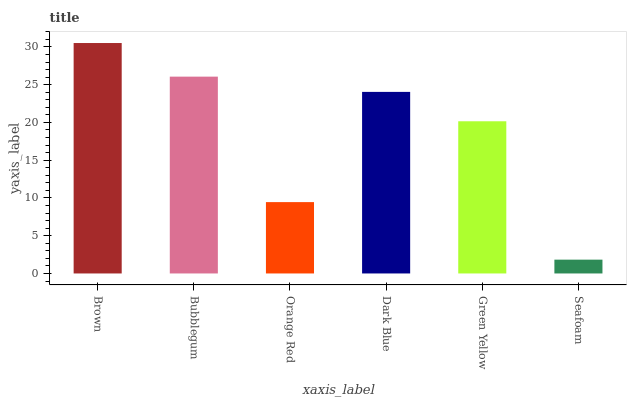
| xaxis_label | bars |
 | --- | --- |
 | Brown | 30.5 |
 | Bubblegum | 26.1 |
 | Orange Red | 9.45 |
 | Dark Blue | 24 |
 | Green Yellow | 20.2 |
 | Seafoam | 1.83 |